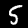
Label: 5